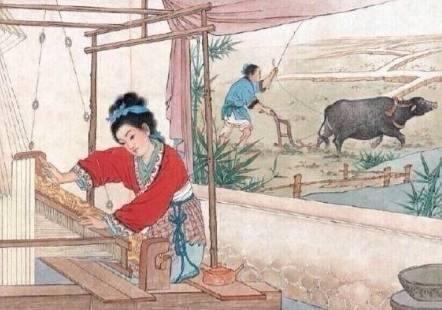
月色入高楼，相思两处愁。